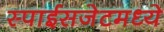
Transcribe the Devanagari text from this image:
स्पाईसजेटमध्ये